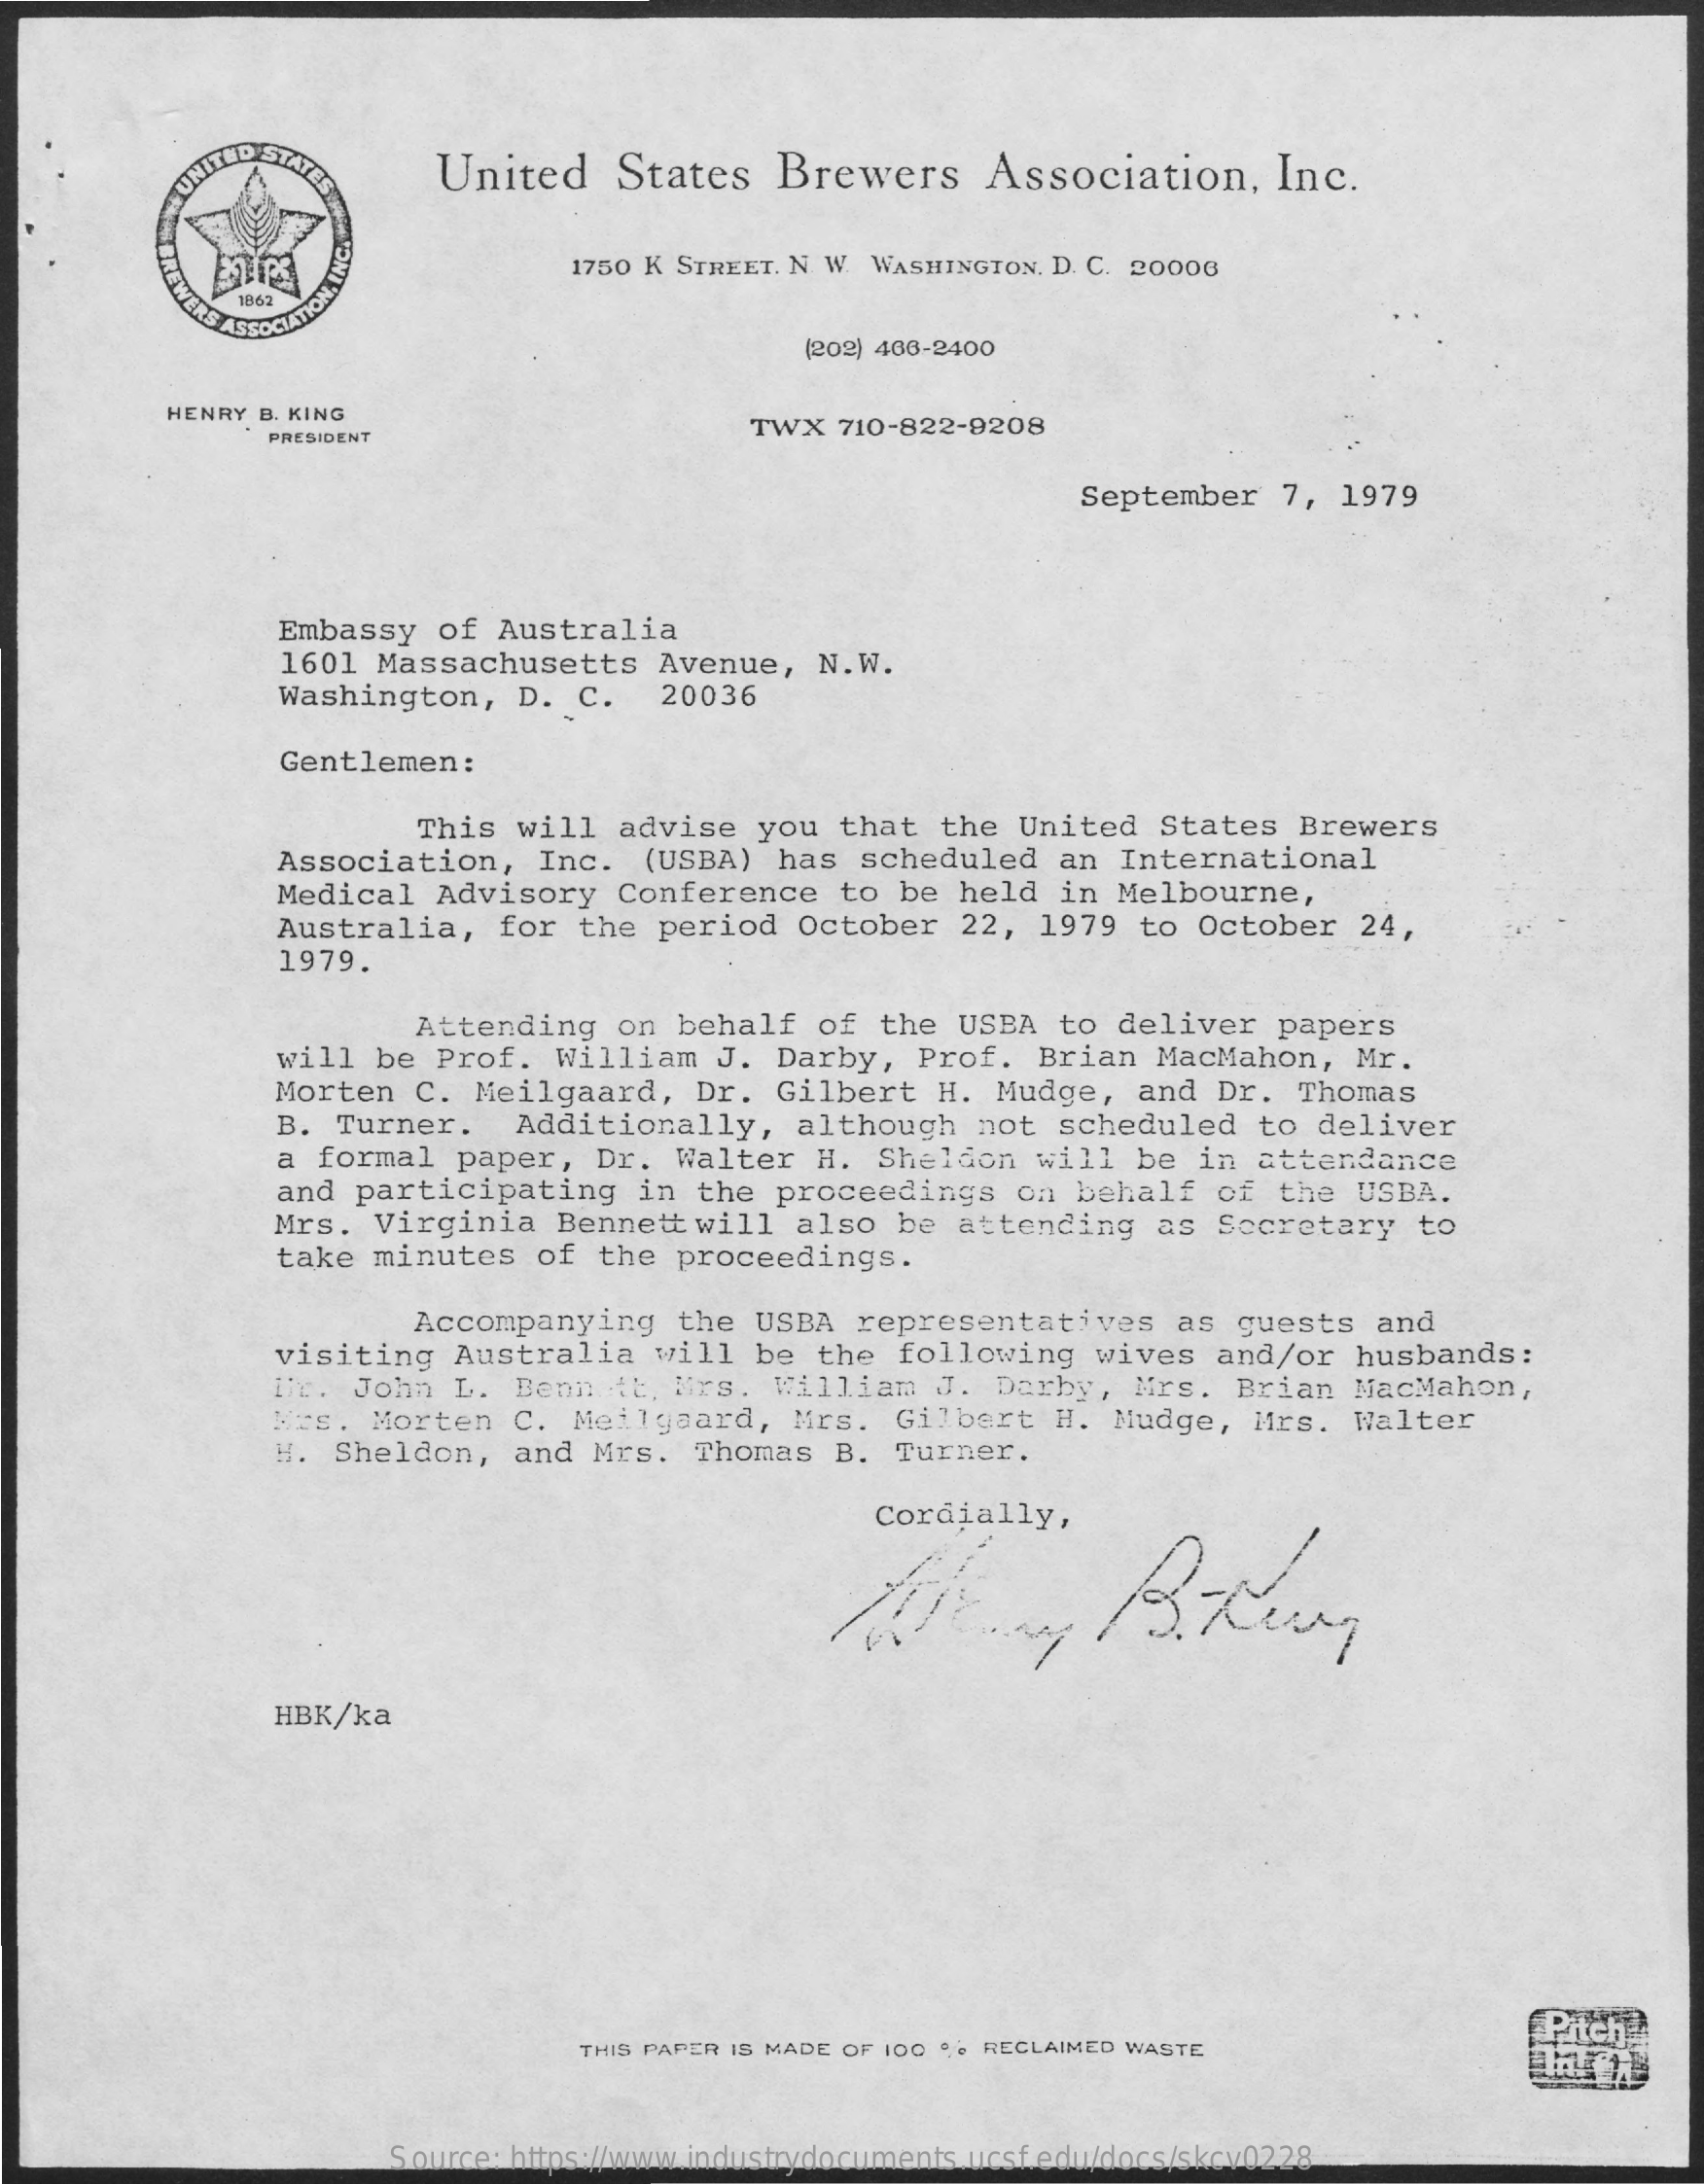
UNITED STATES    United    States    Brewers    Association,    Inc.
     1750 K STREET. N. W. WASHINGTON, D. C. 20006
     1862
     ERS ASSOCIATION
     (202) 406-2400
     HENRY B. KING
     PRESIDENT
     TWX   710-822-9208
     September    7,  1979
     Embassy   of  Australia
     1601  Massachusetts    Avenue,   N.W.
     Washington,    D.  C.   20036
     Gentlemen:
     This  will   advise  you   that  the  United   States   Brewers
     Association,    Inc.   (USBA)   has  scheduled    an  International
     Medical   Advisory    Conference    to  be held   in Melbourne,
     Australia,    for  the  period   October    22,  1979  to  October   24,
     1979.
     Attending    on behalf   of  the  USBA   to  deliver   papers
     will  be  Prof.  William    J. Darby,    Prof.  Brian   MacMahon,    Mr.
     Morten  C.  Meilgaard,    Dr.   Gilbert   H.  Mudge,   and  Dr.  Thomas
     B.  Turner.    Additionally,    although    not  scheduled   to  deliver
     a formal   paper,   Dr.  Walter   H.  Sheldon   will   be  in attendance
     and  participating    in  the  proceedings    on  behalf   of  the  USBA.
     Mrs.  Virginia    Bennett  will  also   be attending    as  Secretary    to
     take  minutes   of  the  proceedings.
     Accompanying    the USBA   representatives    as  guests   and
     visiting   Australia    will  be  the   following   wives   and/or   husbands:
     Dr.  John  L.  Bennett,  Mrs.   William   J.  Darby,  Mrs.   Brian  MacMahon,
     Mrs.  Morten   C.  Meilgaard,    Mrs.  Gilbert   H.  Mudge,   Mrs.   Walter
     H. Sheldon,    and  Mrs.   Thomas  B.  Turner.
     Cordially,
     HBK/ka
     THIS PAPER IS MADE OF 100 % RECLAIMED WASTE
     Source: https://www.industrydocuments.ucsf.edu/docs/skcv0228